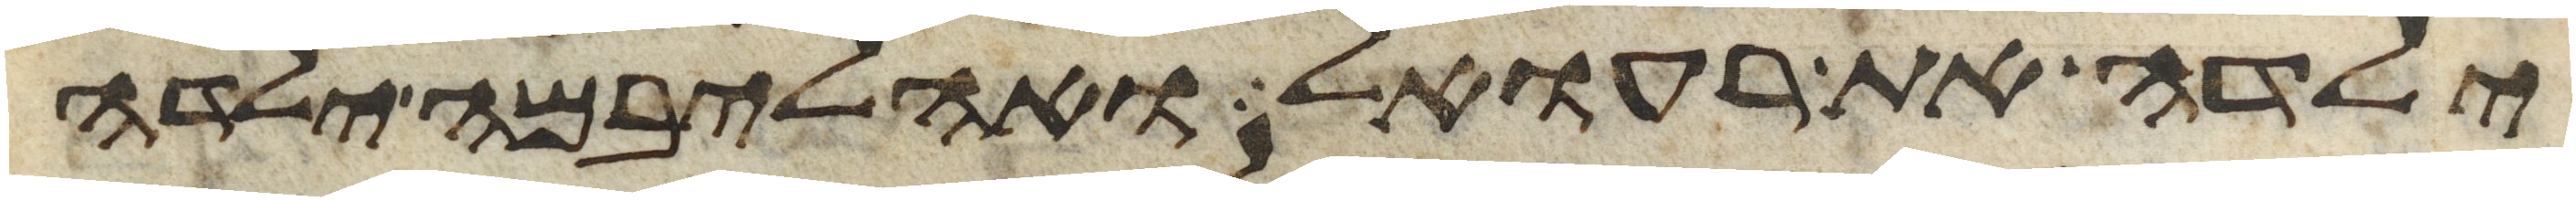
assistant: ילדה את רעואל ואהליבמה ילדה